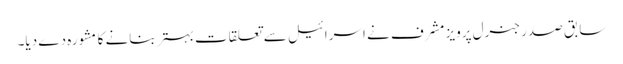
سابق صدر جنرل پرویز مشرف نے اسرائیل سے تعلقات بہتر بنانے کا مشورہ دے دیا۔